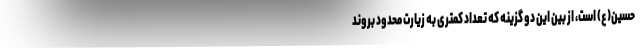
حسین(ع) است، از بین این دو گزینه که تعداد کمتری به زیارت محدود بروند